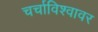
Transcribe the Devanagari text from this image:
चर्चाविश्वावर